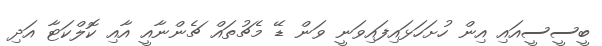
ބީސީސީއައި އިން ހުށަހަޅައިފައިވަނީ ވަން ޑޭ މެޗުތައް ޗެންނާއީ އާއި ކޮލްކަޓާ އަދި